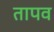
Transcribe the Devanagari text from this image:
तापव